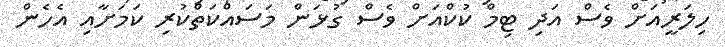
ހިލަރީއަށް ވެސް އަދި ޓިމް ކުކްއަށް ވެސް ގުޅަން މަސައްކަތްކުރި ކަމަށާއި އެހެން